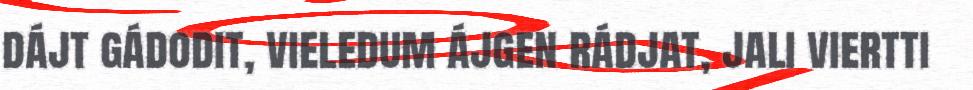
dájt gádodit, vieledum ájgen rádjat, jali viertti